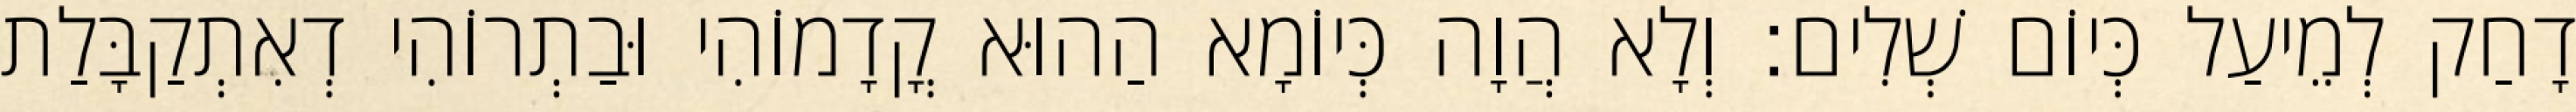
דָחַק לְמֵיעַל כְּיוֹם שְׁלִים׃ וְלָא הֲוָה כְּיוֹמָא הַהוּא קֳדָמוֹהִי וּבַתְרוֹהִי דְאִתְקַבָּלַת